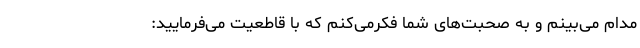
مدام می‌بینم و به صحبت‌های شما فکرمی‌کنم که با قاطعیت می‌فرمایید: